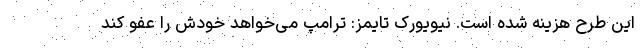
این طرح هزینه شده است. نیویورک تایمز: ترامپ می‌خواهد خودش را عفو کند